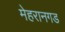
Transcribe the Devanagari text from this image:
मेहरानगड